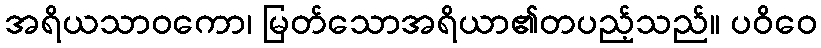
အရိယသာဝကော၊ မြတ်သောအရိယာ၏တပည့်သည်။ ပဝိဝေ